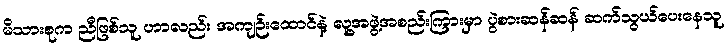
မိသားစုက ညီဖြစ်သူ ဟာလည်း အကျဉ်းထောင်နဲ့ လူ့အဖွဲ့အစည်းကြားမှာ ပွဲစားဆန်ဆန် ဆက်သွယ်ပေးနေသူ